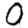
Digit: 0